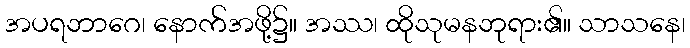
အပရဘာဂေ၊ နောက်အဖို့၌။ အဿ၊ ထိုသုမနဘုရား၏။ သာသနေ၊